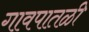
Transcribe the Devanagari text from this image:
गावपातळी